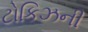
ટોકિઝની